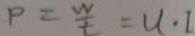
P = \frac { w } { t } = u \cdot 1